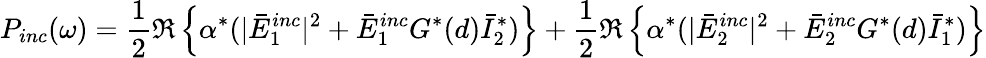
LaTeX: P_{inc}(\omega)=\frac{1}{2}\Re\left\{ \alpha^{*}(|\bar{E}_{1}^{inc}|^{2}+\bar{E}_{1}^{inc}G^{*}(d)\bar{I}_{2}^{*})\right\} +\frac{1}{2}\Re\left\{ \alpha^{*}(|\bar{E}_{2}^{inc}|^{2}+\bar{E}_{2}^{inc}G^{*}(d)\bar{I}_{1}^{*})\right\}